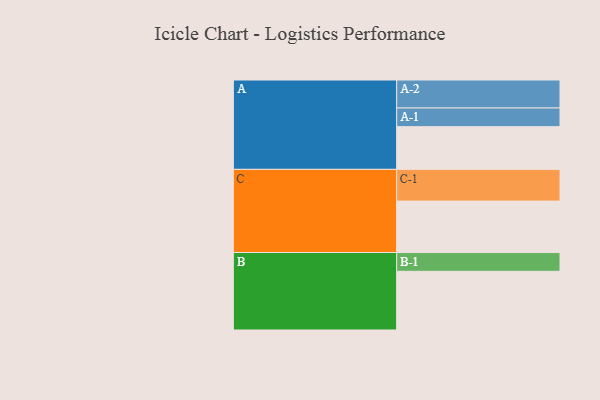
{"axis": {"x": "Segment", "y": "Value"}, "legend": ["", "A", "B", "C"], "data": [{"x": "A", "y": 377, "type": ""}, {"x": "B", "y": 518, "type": ""}, {"x": "C", "y": 454, "type": ""}, {"x": "A-1", "y": 165, "type": "A"}, {"x": "A-2", "y": 247, "type": "A"}, {"x": "B-1", "y": 166, "type": "B"}, {"x": "C-1", "y": 280, "type": "C"}]}